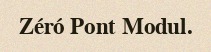
Zéró Pont Modul.